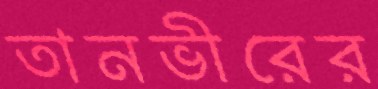
তানভীরের